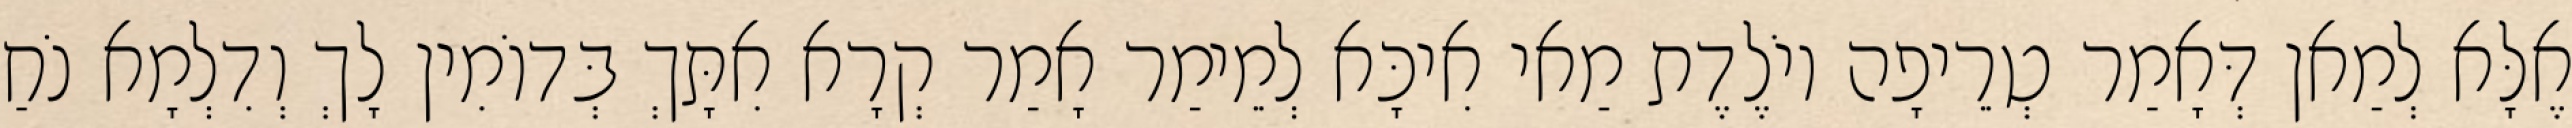
אֶלָּא לְמַאן דְּאָמַר טְרֵיפָה יוֹלֶדֶת מַאי אִיכָּא לְמֵימַר אָמַר קְרָא אִתָּךְ בְּדוֹמִין לָךְ וְדִלְמָא נֹחַ